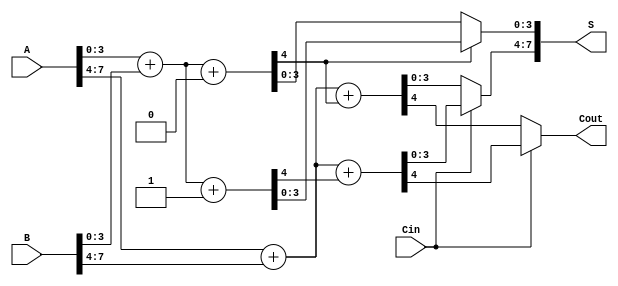
module CarrySelectAdder (
    input  [7:0] A,  // First input
    input  [7:0] B,  // Second input
    input        Cin, // Carry input
    output [7:0] S,   // Sum output
    output       Cout  // Carry output
);

    // Split A and B into two 4-bit segments
    wire [3:0] A0 = A[3:0];
    wire [3:0] A1 = A[7:4];
    wire [3:0] B0 = B[3:0];
    wire [3:0] B1 = B[7:4];

    // Intermediate wires for sum and carry
    wire [3:0] S0, S0_, S1, S1_;
    wire C0, C0_, C1, C1_;

    // Block 0: Compute sums and carries for A0 + B0
    assign {C0, S0} = A0 + B0 + 0;  // when Cin = 0
    assign {C0_, S0_} = A0 + B0 + 1; // when Cin = 1

    // Block 1: Compute sums and carries for A1 + B1
    assign {C1, S1} = A1 + B1 + C0;   // Carry from first block when Cin = 0
    assign {C1_, S1_} = A1 + B1 + C0_; // Carry from first block when Cin = 1

    // Final sum selection using carry-out from previous block (C0 or C0_)
    assign S[3:0] = (C0 ? S0_ : S0);
    assign S[7:4] = (Cin ? S1_ : S1);

    // Final carry output
    assign Cout = (Cin ? C1_ : C1);
    
endmodule